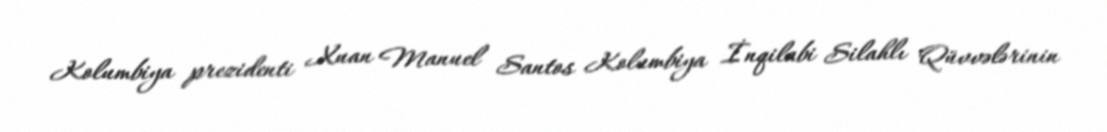
Kolumbiya prezidenti Xuan Manuel Santos Kolumbiya İnqilabi Silahlı Qüvvələrinin